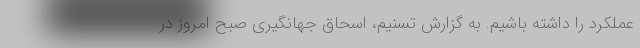
عملکرد را داشته باشیم. به گزارش تسنیم، اسحاق جهانگیری صبح امروز در